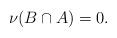
LaTeX: \begin{align*} \nu( B \cap A ) = 0.\end{align*}